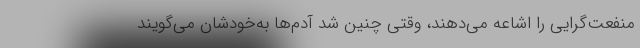
منفعت‌گرایی را اشاعه می‌دهند، وقتی چنین شد آدم‌ها به‌خودشان می‌گویند